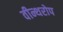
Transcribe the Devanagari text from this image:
वीन्थरोप